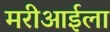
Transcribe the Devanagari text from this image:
मरीआईला